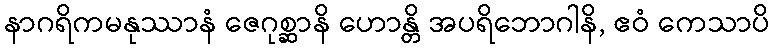
နာဂရိကမနုဿာနံ ဇေဂုစ္ဆာနိ ဟောန္တိ အပရိဘောဂါနိ, ဧဝံ ကေသာပိ